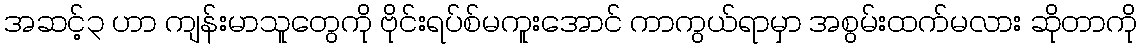
အဆင့်၃ ဟာ ကျန်းမာသူတွေကို ဗိုင်းရပ်စ်မကူးအောင် ကာကွယ်ရာမှာ အစွမ်းထက်မလား ဆိုတာကို